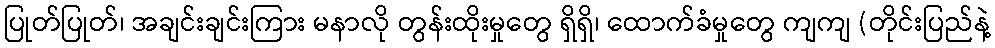
ပြုတ်ပြုတ်၊ အချင်းချင်းကြား မနာလို တွန်းထိုးမှုတွေ ရှိရှိ၊ ထောက်ခံမှုတွေ ကျကျ (တိုင်းပြည်နဲ့